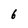
Character: 6